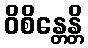
ဝိစိန္တေန္တိ